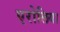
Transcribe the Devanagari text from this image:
एरोलिया